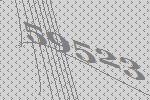
59523